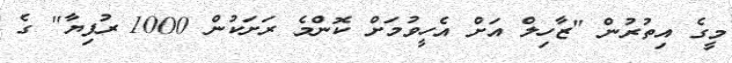
މީގެ އިތުރުން "ޒާހިލް އަށް އެހީވުމަށް ކޮންމެ ރަށަކުން 1000 ރުފިޔާ" ގެ